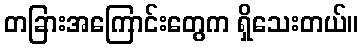
တခြားအကြောင်းတွေက ရှိသေးတယ်။